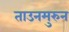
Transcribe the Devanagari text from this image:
ताउनमुरुन